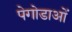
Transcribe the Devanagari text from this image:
पेगोडाओं